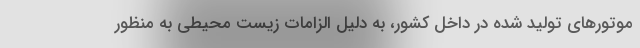
موتورهای تولید شده در داخل کشور، به دلیل الزامات زیست محیطی به منظور